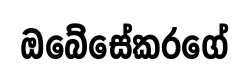
ඔබේසේකරගේ